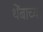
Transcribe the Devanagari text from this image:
थेंबाच्या